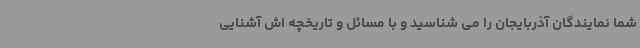
شما نمایندگان آذربایجان را می شناسید و با مسائل و تاریخچه اش آشنایی